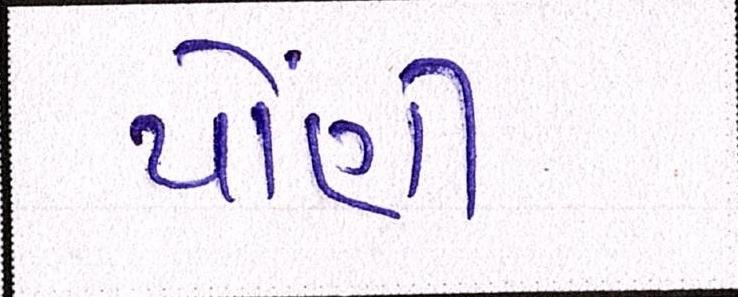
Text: પોંણી